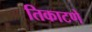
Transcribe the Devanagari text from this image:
तिकाटणे